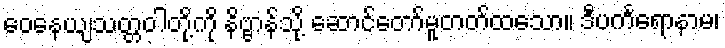
ဝေနေယျသတ္တဝါတို့ကို နိဗ္ဗာန်သို့ ဆောင်တော်မူတတ်ထသော။ ဒီပင်္ကရောနာမ၊